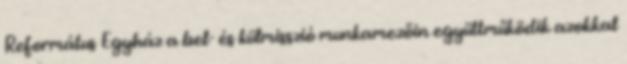
Református Egyház a bel- és külmisszió munkamezőin együttműködik azokkal